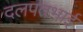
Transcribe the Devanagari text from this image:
दलपतभाई